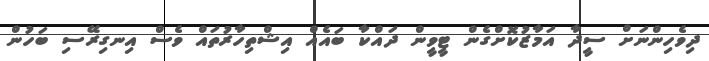
ދިވެހިންނަށް ސީދާ އަމާޒުކޮށްގެން ޓީވީން ދައްކާ ބައެއް އިޝްތިހާރުތައް ވެސް އިނގިރޭސި ބަހުން